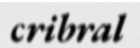
cribral